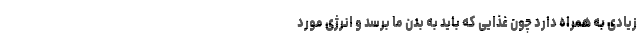
زیادی به همراه دارد چون غذایی که باید به بدن ما برسد و انرژی مورد